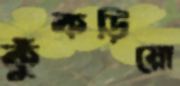
কুঁকড়িয়ো